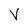
Character: v